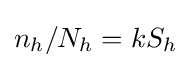
n_{h}/N_{h}=kS_{h}